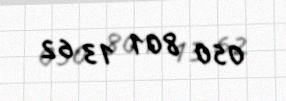
050 801 13 62